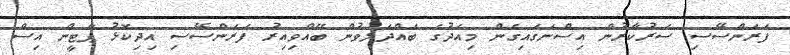
ފަރަންސޭސި ސަރުކާރުން އިސްނަގައިގެން މިއަދުގެ ބައްދަލުވުން ބޭއްވިއިރު ފަރަންސޭސި އިދިކޮޅު ޕާޓީން އިސް